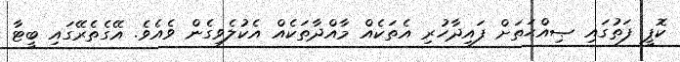
ކޮޕީ ފަތުގައި ޞިއްޙަތަށް ފައިދާހުރި އެތަކެއް މާއްދާތަކެއް އެކުލެވިގެން ވެއެވެ. އޭގެތެރޭގައި ބީޓާ